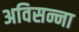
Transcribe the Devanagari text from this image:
अविसन्ना